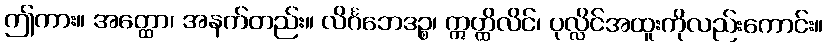
ဤကား။ အတ္ထော၊ အနက်တည်း။ လိင်္ဂဘေဒဉ္စ၊ ဣတ္ထိလိင်၊ ပုလ္လိင်အထူးကိုလည်းကောင်း။